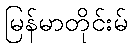
မြန်မာတိုင်းမ်